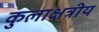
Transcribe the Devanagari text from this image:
कुलाक्षत्रीय